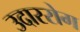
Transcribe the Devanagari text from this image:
उदाररोग